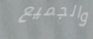
والجميع